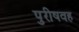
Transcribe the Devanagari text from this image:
पुरीषवह